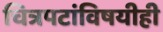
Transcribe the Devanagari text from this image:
चित्रपटांविषयीही